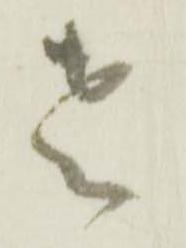
老